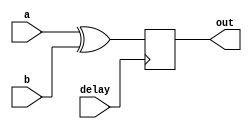
module xor_gate_delay (
  input wire a,
  input wire b,
  output reg out,
  input wire delay
);

always @(posedge delay) begin
  out <= a ^ b;
end

endmodule